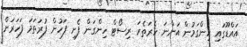
އައްޑޫގައި ހިންގަމުން އަންނަ ހެރަތެެރަ ރިސޯޓް ހިންގަން ފެށި ފަހުން ފުރަތަމަ ފަހަރަށް